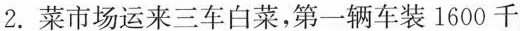
2.菜市场运来三车白菜，第一辆车装1600千